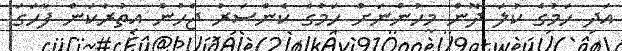
އަދި ހަމުގެ ކުލަ ދޮން މީހުންނަށް ހަމުގެ ކެންސަރު ޖެހުން އިތުރުކަން ފާހަގަ